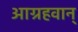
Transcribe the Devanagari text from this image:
आग्रहवान्‌